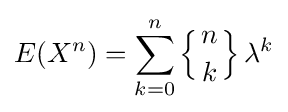
E(X^{n})=\sum _{k=0}^{n}\left\{{n \atop k}\right\}\lambda ^{k}